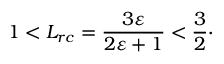
1 < L _ { r c } = \frac { 3 \varepsilon } { 2 \varepsilon + 1 } < \frac 3 2 \cdot